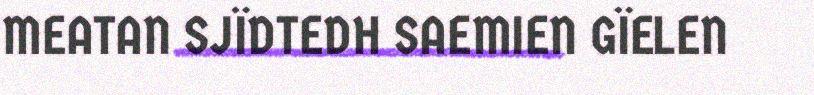
MEATAN SJÏDTEDH SAEMIEN GÏELEN